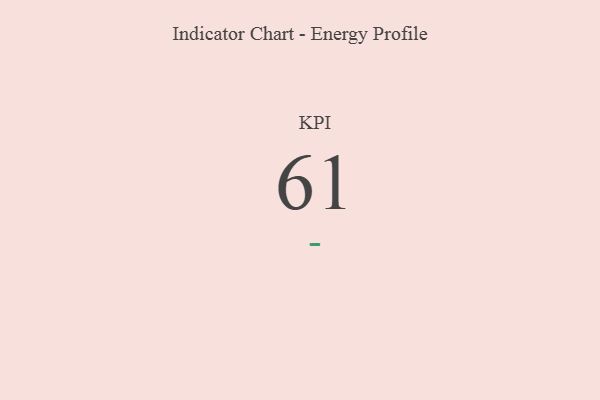
{"axis": {"x": "KPI", "y": "Value"}, "legend": [""], "data": [{"x": "KPI", "y": 61, "type": ""}]}